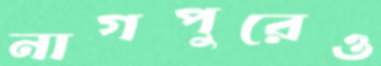
নাগপুরেও